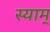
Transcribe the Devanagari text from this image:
स्याम्‌